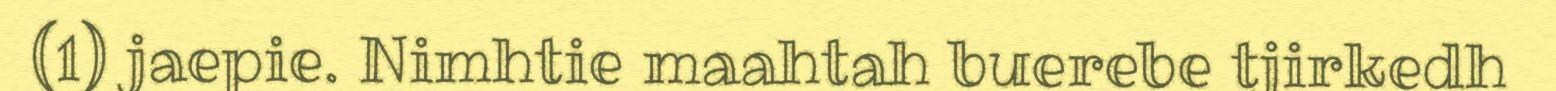
(1) jaepie. Nimhtie maahtah buerebe tjirkedh